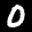
Label: 0